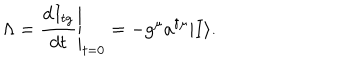
\Lambda = \left. \frac { d I _ { t g } } { d t } \right| _ { t = 0 } = - g ^ { \mu } a ^ { \dagger \mu } | I \rangle .